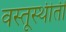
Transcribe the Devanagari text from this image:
वस्तूस्थीती